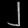
Digit: ၂